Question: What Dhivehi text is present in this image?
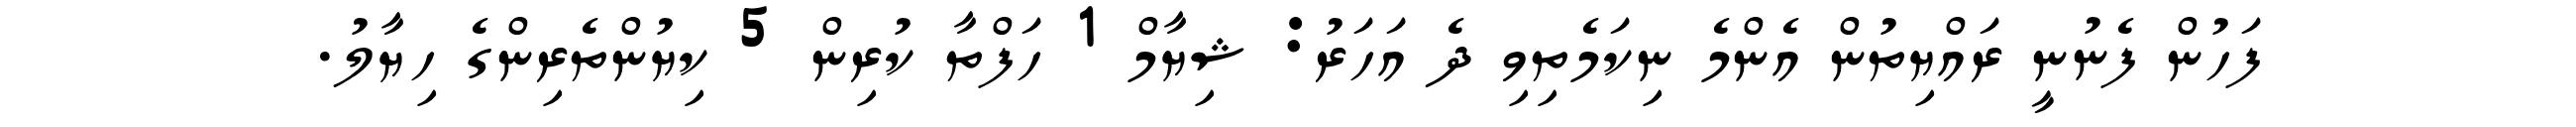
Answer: ފަހުން ފެނުނީ ރައްޔިތުން އެންމެ ނިކަމެތިވި ދެ އަހަރު: ޝިޔާމް 1 ހަފްތާ ކުރިން 5 ކިޔުންތެރިންގެ ހިޔާލު.